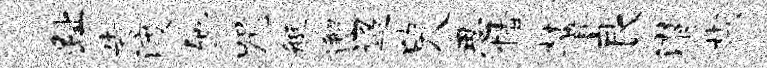
趾告渡弛咒艇邂迢臾思情麓良潸楔